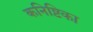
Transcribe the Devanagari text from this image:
कनिष्टिका